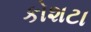
કોશટા